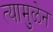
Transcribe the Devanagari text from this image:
त्यामुळेन